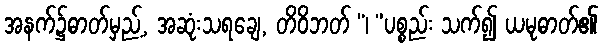
အနက်၌ဓာတ်မှည့်, အဆုံးသရချေ, တိဝိဘတ် “၊ ”ပစ္စည်း သက်၍ ယမုဓာတ်၏